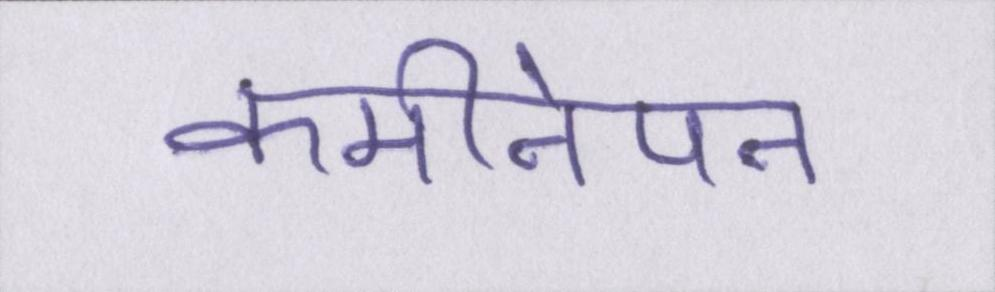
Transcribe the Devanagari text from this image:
कमीनेपन